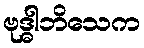
ဗုဒ္ဓါဘိသေက